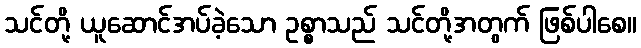
သင်တို့ ယူဆောင်အပ်ခဲ့သော ဥစ္စာသည် သင်တို့အတွက် ဖြစ်ပါစေ။